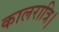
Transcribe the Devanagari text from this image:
कालरात्रि।